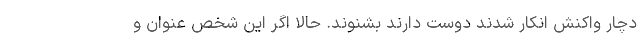
دچار واکنش انکار شدند دوست دارند بشنوند. حالا اگر این شخص عنوان و